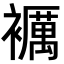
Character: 𧞵